Indian journal of veterinary science and animal husbandry - Volumes 18-21, 1948-1951
Year: 1948
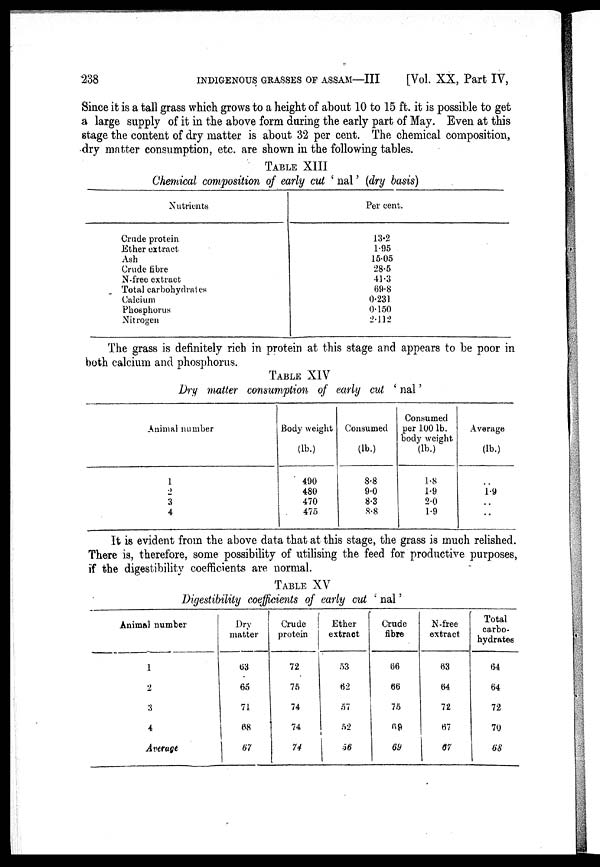
238 INDIGENOUS GRASSES OF ASSAM—III [Vol. XX, Part IV,
Since it is a tall grass which grows to a height of about 10 to 15 ft. it is possible to get
a large supply of it in the above form during the early part of May. Even at this
stage the content of dry matter is about 32 per cent. The chemical composition,
dry matter consumption, etc. are shown in the following tables.
TABLE XIII
Chemical composition of early cut ' nal ' (dry basis)
Nutrients
Crude protein
Ether extract
Ash
Crude fibre
N-free extract
Total carbohydrates
Calcium
Phosphorus
Nitrogen
Per cent.
13.2
1.95
15.05
28.5
41.3
69.8
0.231
0.150
2.112
The grass is definitely rich in protein at this stage and appears to be poor in
both calcium and phosphorus.
TABLE XIV
Dry matter consumption of early cut ' nal '
Animal number
1
2
3
4
Body weight
(lb.)
490
480
470
475
Consumed
(lb.)
8.8
9.0
8.3
8.8
Consumed
per 100 lb.
body weight
(lb.)
1.8
1.9
2.0
1.9
Average
(lb.)
..
1.9
..
..
It is evident from the above data that at this stage, the grass is much relished.
There is, therefore, some possibility of utilising the feed for productive purposes,
if the digestibility coefficients are normal.
TABLE XV
Digestibility coefficients of early cut ' nal '
Animal number
1
2
3
4
Average
Dry
matter
63
65
71
68
67
Crude
protein
72
75
74
74
74
Ether
extract
53
62
57
52
56
Crude
fibre
66
66
75
69
69
N-free
extract
63
64
72
67
67
Total
carbo-
hydrates
64
64
72
70
68